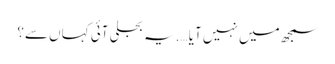
سمجھ میں نہیں آیا ….یہ بجلی آئی کہاں سے؟